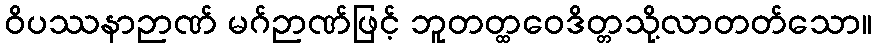
ဝိပဿနာဉာဏ် မဂ်ဉာဏ်ဖြင့် ဘူတတ္ထဝေဒိတ္တသို့လာတတ်သော။